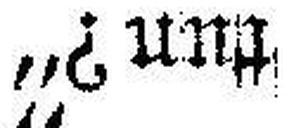
tun?“